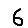
Digit: 6